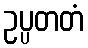
ဥပ္ပတတံ